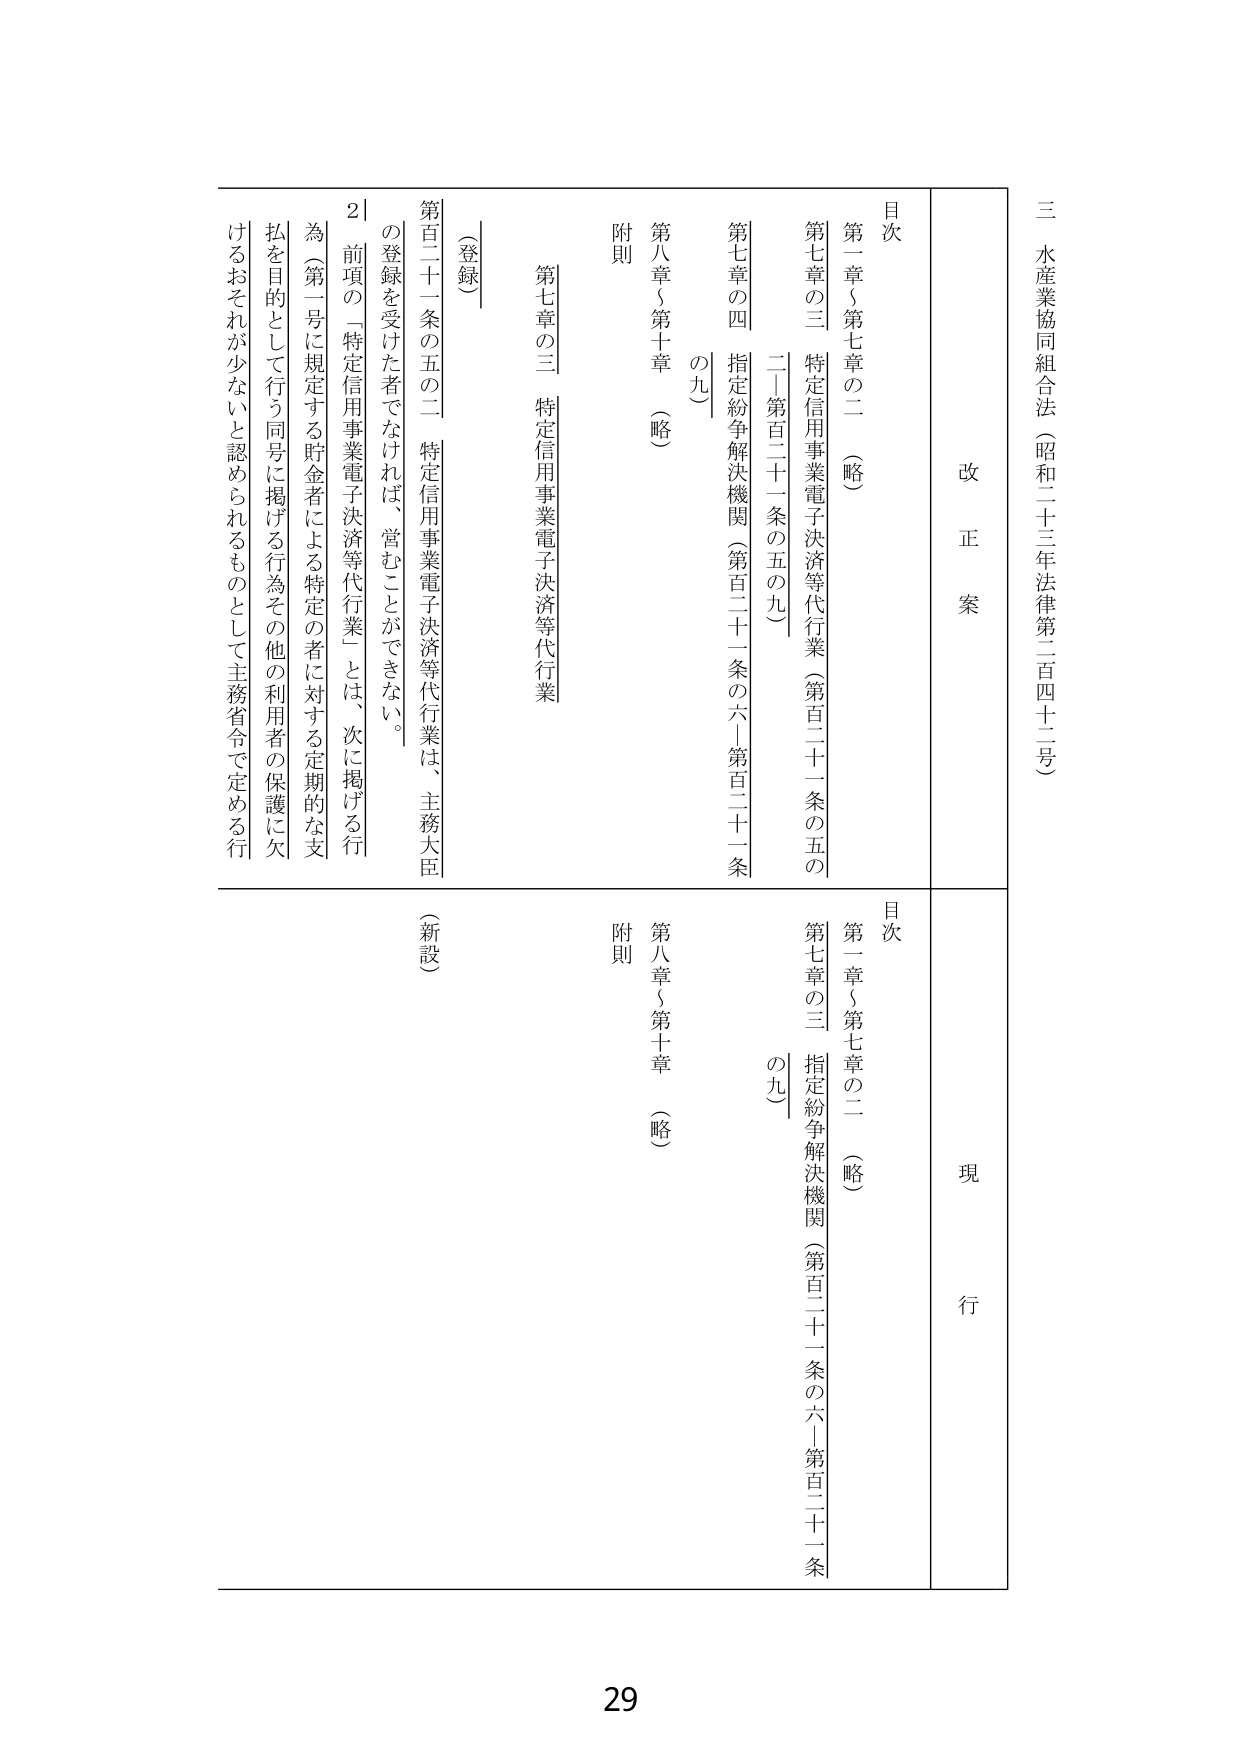
三 水産業協同組合法（昭和二十三年法律第二百四十二号）

改正案

目次
第一章～第七章の二 （略）
第七章の三 特定信用事業電子決済等代行業（第百二十一条の五の二～第百二十一条の五の九）
第七章の四 指定紛争解決機関（第百二十一条の六～第百二十一条の九）
第八章～第十章 （略）
附則

（登録）
第百二十一条の五の二 特定信用事業電子決済等代行業は、主務大臣の登録を受けた者でなければ、営むことができない。
２ 前項の「特定信用事業電子決済等代行業」とは、次に掲げる行為（第一号に規定する貯金者による特定の者に対する定期的な支払を目的として行う同号に掲げる行為その他の利用者の保護に欠けるおそれが少ないと認められるものとして主務省令で定める行

現行

目次
第一章～第七章の二 （略）
第七章の三 指定紛争解決機関（第百二十一条の六～第百二十一条の九）
第八章～第十章 （略）
附則

（新設）

29